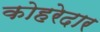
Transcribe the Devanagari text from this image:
कोहरेदार